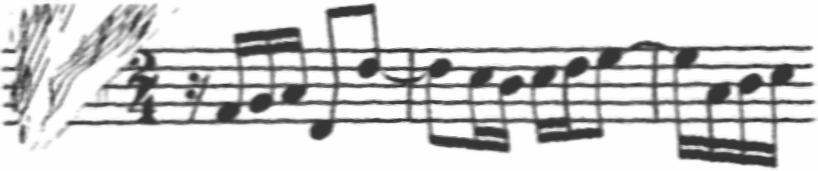
Transcription: clef-G2 keySignature-DM timeSignature-2/4 rest-sixteenth note-F#4_sixteenth note-G4_sixteenth note-A4_sixteenth note-D4_eighth note-D5_eighth tie barline note-D5_eighth note-C#5_sixteenth note-B4_sixteenth note-C#5_sixteenth note-D5_sixteenth note-E5_eighth tie barline note-E5_sixteenth note-A4_sixteenth note-B4_sixteenth note-C#5_sixteenth